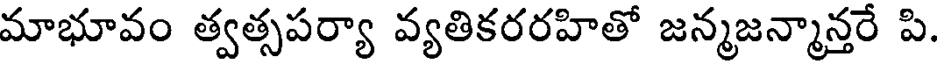
మాభూవం త్వత్సపర్యా వ్యతికరరహితో జన్మజన్మాన్తరే పి.